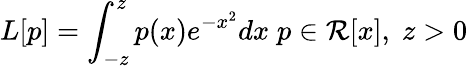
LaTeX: L[p]=\int_{-z}^{z}p(x)e^{-x^{2}}dx\; p\in\mathcal{R}[x],\; z>0